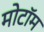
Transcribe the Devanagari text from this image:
मोटॉम